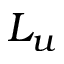
L _ { u }